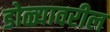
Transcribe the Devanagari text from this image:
डोळ्यावरील